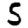
Digit: 5